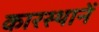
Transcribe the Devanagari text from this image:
कारस्थानें